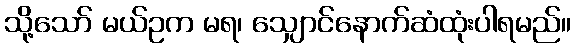
သို့သော် မယ်ဥက မရ၊ သျှောင်နောက်ဆံထုံးပါရမည်။